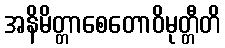
အနိမိတ္တာစေတောဝိမုတ္တီတိ